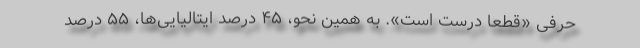
حرفی «قطعاً درست است». به همین نحو، ۴۵ درصد ایتالیایی‌ها، ۵۵ درصد